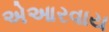
એઆરવાય